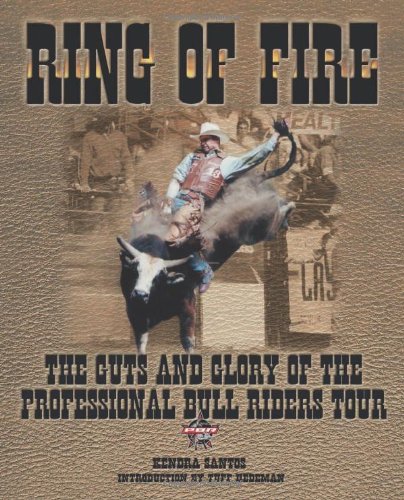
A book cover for Ring of Fire : The Guts and Glory of the Professional Bull Riding Tour; Kendra Santos; Sports & Outdoors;